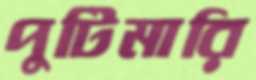
পুটিমারি